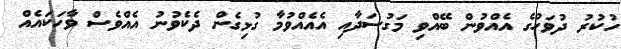
ހުކުރު ދުވަހުގެ އެއްވުން ބޭއްވި މަގުސަދާއި އެއެއްވުމާ ގުޅިގެން ދެކެވުނު އެއްވެސް ވާހަކައެއް